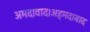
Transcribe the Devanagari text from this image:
अमदावाद।अहमदाबाद